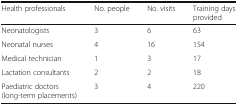
<table><thead><tr><td><b>Health professionals</b></td><td><b>No. people</b></td><td><b>No. visits</b></td><td><b>Training days provided</b></td></tr></thead><tbody><tr><td>Neonatologists</td><td>3</td><td>6</td><td>63</td></tr><tr><td>Neonatal nurses</td><td>4</td><td>16</td><td>154</td></tr><tr><td>Medical technician</td><td>1</td><td>3</td><td>17</td></tr><tr><td>Lactation consultants</td><td>2</td><td>2</td><td>18</td></tr><tr><td>Paediatric doctors (long-term placements)</td><td>3</td><td>4</td><td>220</td></tr></tbody></table>